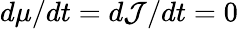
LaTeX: d\mu/dt=d\mathcal{J}/dt=0